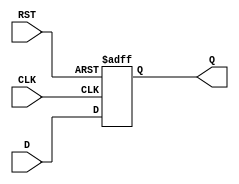
module DataRegister #(parameter WIDTH = 8) (
    input  wire [WIDTH-1:0] D,     // Data input
    input  wire CLK,                // Clock input
    input  wire RST,                // Asynchronous reset input
    output reg  [WIDTH-1:0] Q       // Data output
);

    // Asynchronous reset behavior
    always @(posedge CLK or posedge RST) begin
        if (RST) begin
            Q <= {WIDTH{1'b0}};       // Clear output to zero
        end else begin
            Q <= D;                   // Capture data on rising edge of clock
        end
    end

endmodule